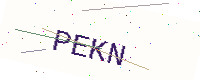
Text: PEKN